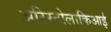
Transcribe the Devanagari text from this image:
अरिस्टोलाकिआई